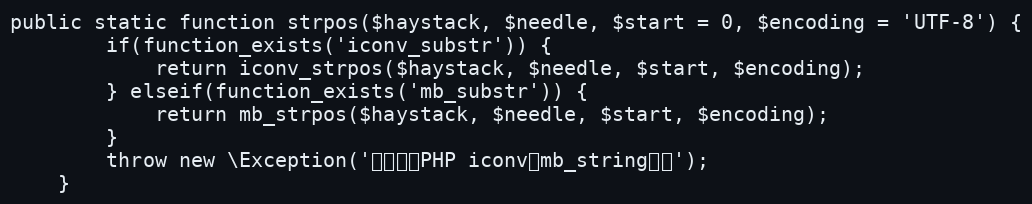
Language: PHP
public static function strpos($haystack, $needle, $start = 0, $encoding = 'UTF-8') {
	    if(function_exists('iconv_substr')) {
	        return iconv_strpos($haystack, $needle, $start, $encoding);
	    } elseif(function_exists('mb_substr')) {
	        return mb_strpos($haystack, $needle, $start, $encoding);
	    }
	    throw new \Exception('请先安装PHP iconv或mb_string扩展');
	}